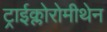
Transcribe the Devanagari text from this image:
ट्राईक्लोरोमीथेन